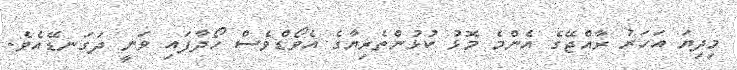
މިދިޔަ އަހަރު ރާއްޖޭގެ އެންމެ މޮޅު ކުޅުންތެރިޔާގެ އެވޯޑްވެސް ހޯދާފައި ވަނީ ދަގަނޑޭއެވެ.